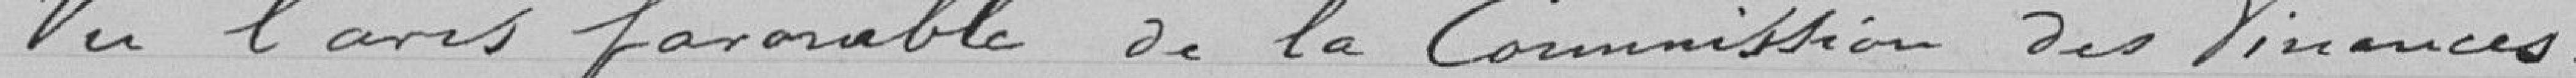
Vu l'avis favorable de la Commission des finances.